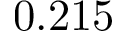
0 . 2 1 5